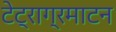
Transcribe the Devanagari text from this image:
टेट्राग्रमाटन